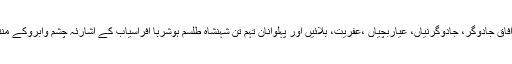
شہرئہ آفاق جادوگر، جادوگرنیاں، عیاربچّیاں ،عفریت، بلائیں اور پہلوانانِ تہم تن شہنشاہِ طلسم ہوشربا افراسیاب کے اشارئہ چشم وابروکے منتظرہیں۔